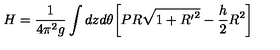
H = \frac { 1 } { 4 \pi ^ { 2 } g } \int d z d \theta \bigg [ P R \sqrt { 1 + { R ^ { \prime } } ^ { 2 } } - \frac { h } { 2 } R ^ { 2 } \bigg ]